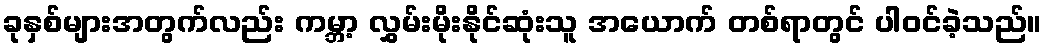
ခုနှစ်များအတွက်လည်း ကမ္ဘာ့ လွှမ်းမိုးနိုင်ဆုံးသူ အယောက် တစ်ရာတွင် ပါဝင်ခဲ့သည်။